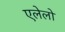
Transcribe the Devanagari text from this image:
एलेलो